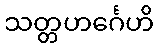
သတ္တဟင်္ဂေဟိ